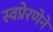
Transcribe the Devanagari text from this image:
स्वप्रेरणेने